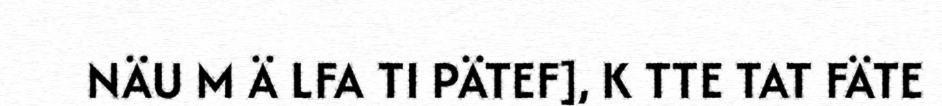
NÄU M Ä LFA TI PÄTEF], K TTE TAT FÄTE